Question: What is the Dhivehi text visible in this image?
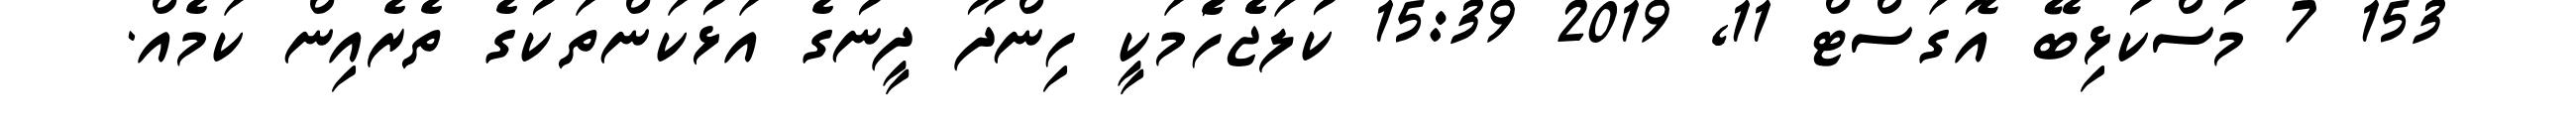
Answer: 153 7 މުސްކުޅިބޭ އޮގަސްޓް 11, 2019 15:39 ކުލަޖެެހެުމަކީ ހިންދޫ ދީނުގެ އަޅުކަންތަކުގެ ތެރެއިން ކަމެއް.